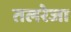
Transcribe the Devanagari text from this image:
तलरेजा